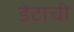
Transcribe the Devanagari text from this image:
डेटाची